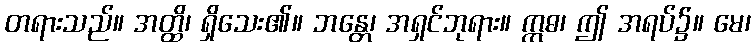
တရားသည်။ အတ္ထိ၊ ရှိသေး၏။ ဘန္တေ၊ အရှင်ဘုရား။ ဣဓ၊ ဤ အရပ်၌။ မေ၊